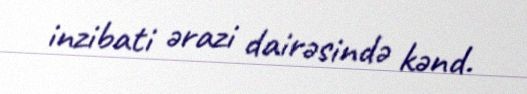
inzibati ərazi dairəsində kənd.